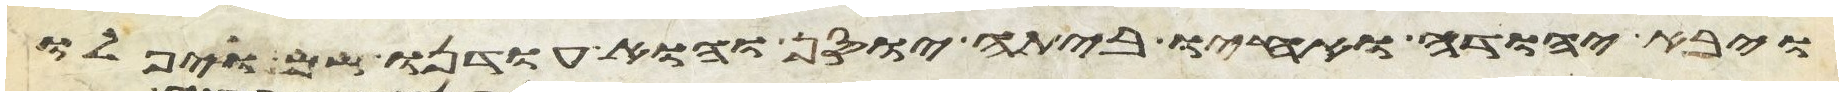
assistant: ויבא יהודה ואחיו ביתה יוסף והוא עודנו שם ויפלו